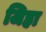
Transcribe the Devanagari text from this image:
जिह्रा